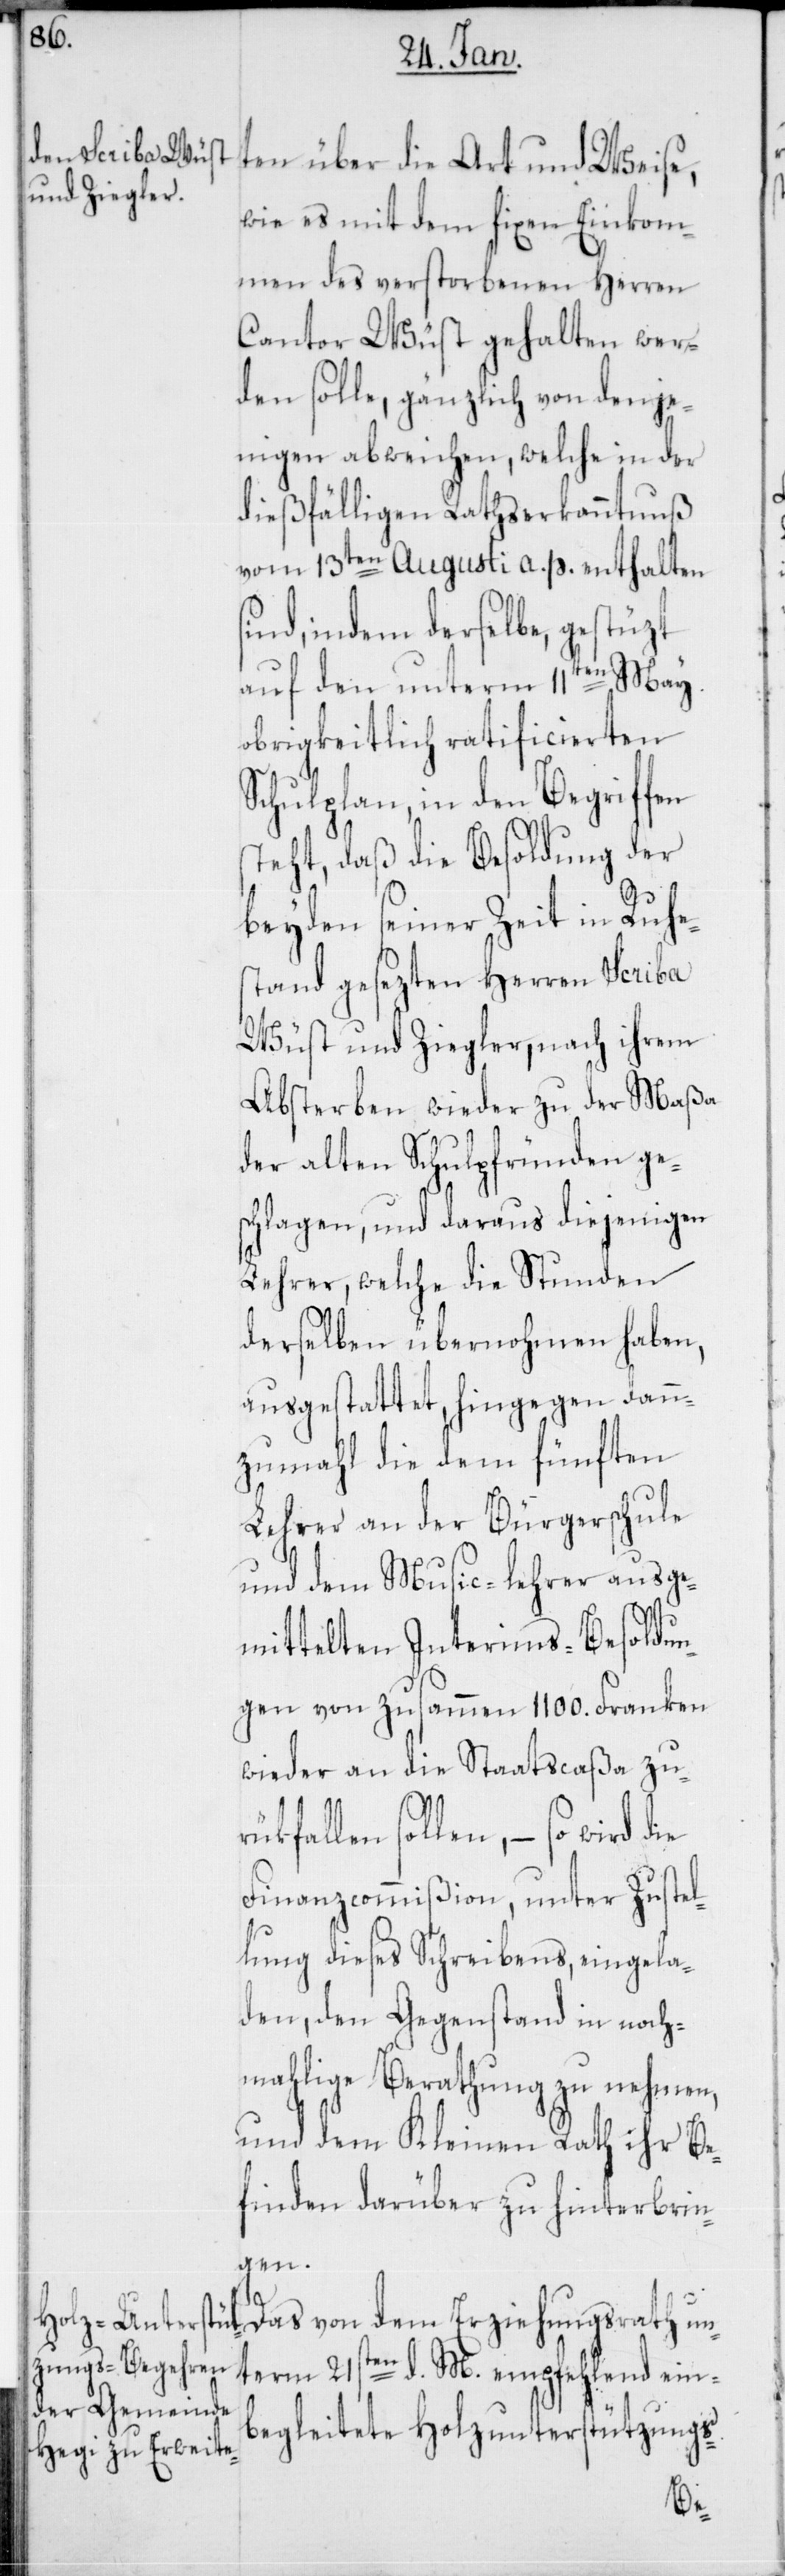
ten über die Art und Weise,
wie es mit dem fixen Einkom¬
men des verstorbenen Herren
Cantor Wüst gehalten wer¬
den solle, gänzlich von denje¬
nigen abweichen, welche in der
dießfälligen Rathserkanntnuß
vom 13ten Augusti a. p. enthalten
ind, indem derselbe, gestüzt
auf den unterm 11ten May
obrigkeitlich ratificierten
Schulplan, in den Begriffen
steht, daß die Besoldung der
beyden seiner Zeit in Ruhen¬
stand gesezten Herren Scriba
Wüst und Ziegler, nach ihrem
Absterben wieder zu der Maßa
der alten Schulpfründen ge¬
schlagen, und daraus diejenigen
Lehrer, welche die Stunden
derselben übernohmen haben,
ausgestattet, hingegen dan¬
nzumahl die dem fünften
Lehrer an der Bürgerschule
und dem Music-Lehrer ausge¬
mittelten Interims-Besoldun¬
gen von zusammen 1100. Franken
wieder an die Staatscaßa zu¬
kfallen sollen, – so wird
Finanzcommißion, unter Zustel¬
lung dieses Schreibens, eingela¬
den, den Gegenstand in noch¬
mahlige Berathung zu nehmen,
und dem Kleinen Rath ihr Be¬
finden darüber zu hinterbrin¬
gen.
Das von dem Erziehungsrath un¬
term 21sten d. M. empfehlend ein¬
begleitete Holzunterstützungs-